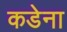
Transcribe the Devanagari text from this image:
कडेना